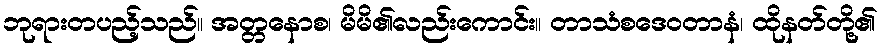
ဘုရားတပည့်သည်။ အတ္တနောစ၊ မိမိ၏လည်းကောင်း။ တာသံစဒေဝတာနံ၊ ထိုနတ်တို့၏